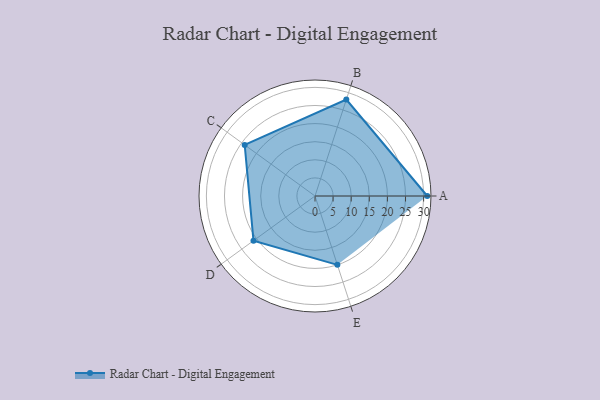
{"axis": {"x": "Skill", "y": "Score"}, "legend": ["Profile"], "data": [{"x": "A", "y": 31.0, "type": "Profile"}, {"x": "B", "y": 28.0, "type": "Profile"}, {"x": "C", "y": 24.0, "type": "Profile"}, {"x": "D", "y": 21.0, "type": "Profile"}, {"x": "E", "y": 20, "type": "Profile"}]}